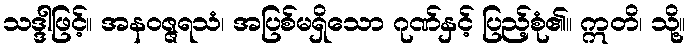
သဒ္ဒါဖြင့်။ အနဝဇ္ဇရသံ၊ အပြစ်မရှိသော ဂုဏ်နှင့် ပြည့်စုံ၏။ ဣတိ၊ သို့။